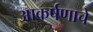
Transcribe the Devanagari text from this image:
आकर्षणाचे